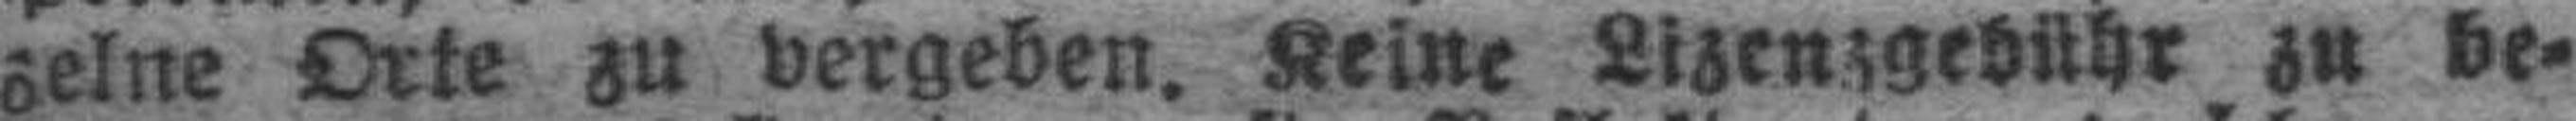
zelne Orte zu vergeben. Keine Lizenzgebühr zu be¬